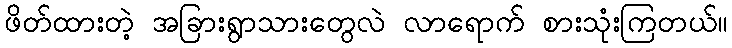
ဖိတ်ထားတဲ့ အခြားရွာသားတွေလဲ လာရောက် စားသုံးကြတယ်။